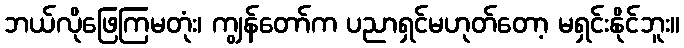
ဘယ်လိုဖြေကြမတုံး၊ ကျွန်တော်က ပညာရှင်မဟုတ်တော့ မရှင်းနိုင်ဘူး။